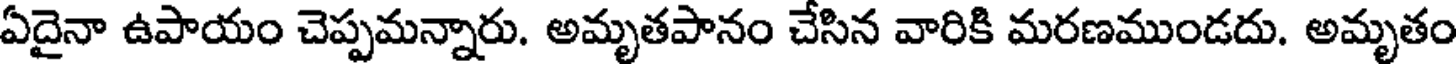
ఏదైనా ఉపాయం చెప్పమన్నారు. అమృతపానం చేసిన వారికి మరణముండదు. అమృతం